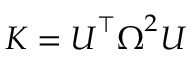
\boldsymbol { K } = \boldsymbol { U } ^ { \intercal } \boldsymbol { \Omega } ^ { 2 } \boldsymbol { U }